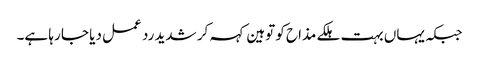
جبکہ یہاں بہت ہلکے مذاح کو توہین کہہ کر شدید رد عمل دیا جا رہا ہے۔